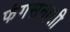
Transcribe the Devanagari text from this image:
फंगसनाशी